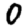
Digit: 0